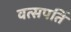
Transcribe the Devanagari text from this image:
वत्सपतिं